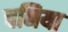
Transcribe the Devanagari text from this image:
चनिया